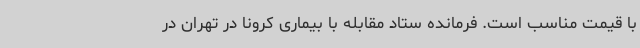
با قیمت مناسب است. فرمانده ستاد مقابله با بیماری کرونا در تهران در